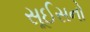
સૂઈસનો